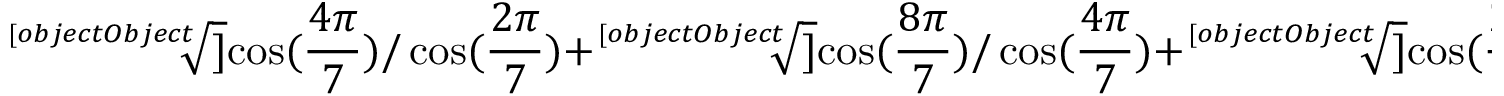
{ \sqrt [ [object Object] ] { \cos ( { \frac { 4 \pi } { 7 } } ) / \cos ( { \frac { 2 \pi } { 7 } } ) } } + { \sqrt [ [object Object] ] { \cos ( { \frac { 8 \pi } { 7 } } ) / \cos ( { \frac { 4 \pi } { 7 } } ) } } + { \sqrt [ [object Object] ] { \cos ( { \frac { 2 \pi } { 7 } } ) / \cos ( { \frac { 8 \pi } { 7 } } ) } } = 0 .